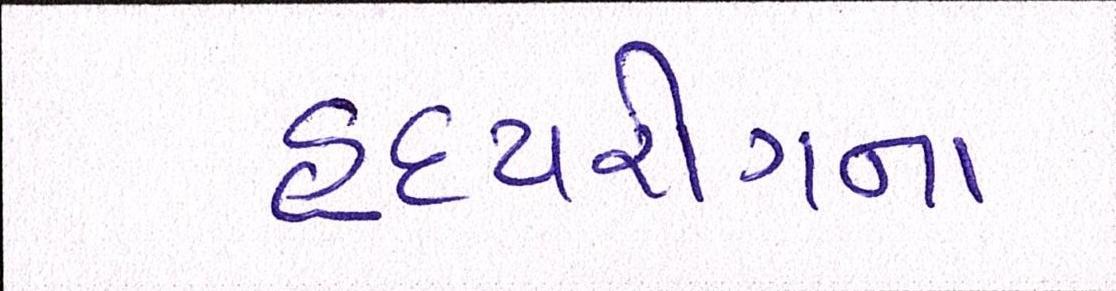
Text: હૃદયરોગના